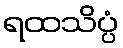
ရထသိပ္ပံ